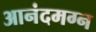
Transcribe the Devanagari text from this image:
आनंदमग्न